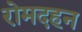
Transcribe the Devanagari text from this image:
रोमदहन